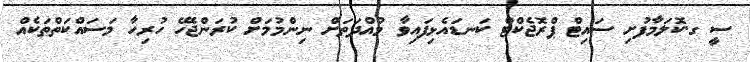
ސީ ގ.ކޮލަމާފުށި ސައިޓް ޕްރޮޖެކްޓް ކަނޑައެޅިފައިވާ މުއްދަތަށް ނިންމުމަށް ކުރަންޖެހޭ ހުރިހާ މަސައްކަތްތަކެއް